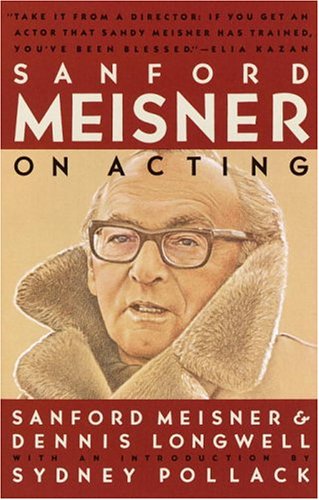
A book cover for Sanford Meisner on Acting; Sanford Meisner; Humor & Entertainment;